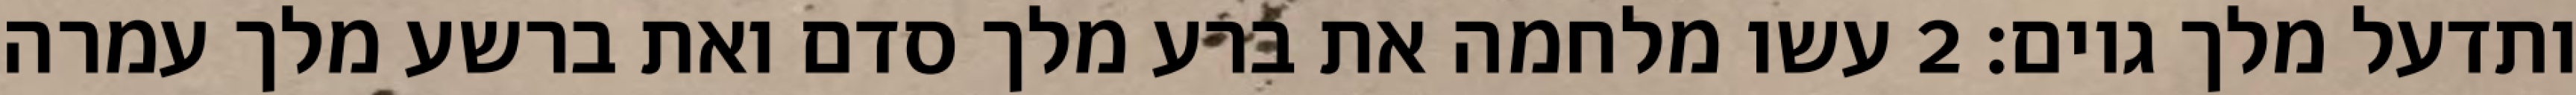
ותדעל מלך גוים׃ ‎2‏ עשו מלחמה את ברע מלך סדם ואת ברשע מלך עמרה